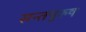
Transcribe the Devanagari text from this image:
सन्तपुरुष